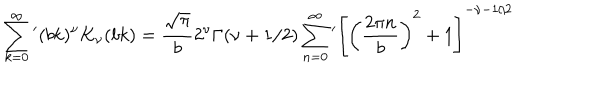
LaTeX: \sum _ { k = 0 } ^ { \infty } { ' } ( b k ) ^ { \nu } K _ { \nu } ( b k ) = \frac { \sqrt { \pi } } { b } 2 ^ { \nu } \Gamma ( \nu + 1 / 2 ) \sum _ { n = 0 } ^ { \infty } { ' } \left[ \left( \frac { 2 \pi n } { b } \right) ^ { 2 } + 1 \right] ^ { - \nu - 1 / 2 }